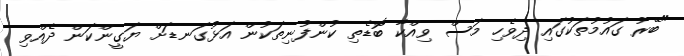
"ބޭރު ގައުމުތަކުގައި ދިވެހި މަސް ވިއްކާ ބޮޑެތި ކުންފުނިތަކުން އަޅުގަނޑަށް ޔަގީންކަން ދެއްވި